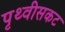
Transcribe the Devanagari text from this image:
पृथ्वीसकट